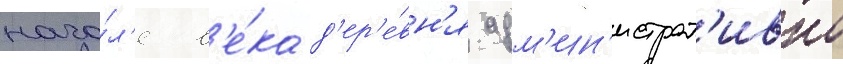
нача́л'е в'е́ка д'ер'е́вн'я адм'ин'истрат'ивно